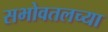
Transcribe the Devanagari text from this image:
सभोवतलच्या